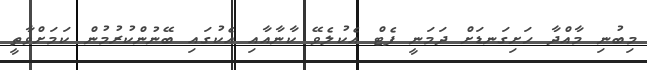
މިބުނި މާއްދާ ހަށިގަނޑަށް ދަމަނީ ފެޓް އެކުލެވޭ ކާނާއާއި އެކުގައި ބޭނުންކުރުމުން ކަމަށްވާތީ